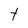
Character: t